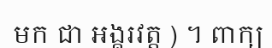
មក ជា អង្គរវត្ត ) ។ ពាក្យ